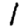
Digit: 1